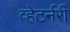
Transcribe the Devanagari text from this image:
व्हेटर्नरी